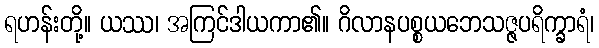
ရဟန်းတို့။ ယဿ၊ အကြင်ဒါယကာ၏။ ဂိလာနပစ္စယဘေသဇ္ဇပရိက္ခာရံ၊